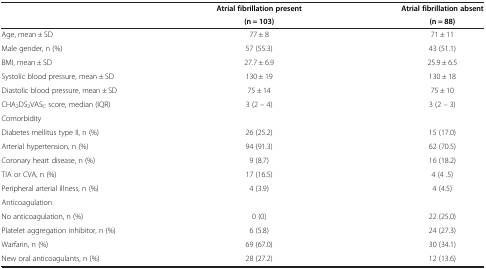
<table><thead><tr><td rowspan="2"><b> </b></td><td><b>Atrial fibrillation present</b></td><td><b>Atrial fibrillation absent</b></td></tr><tr><td><b>(n = 103)</b></td><td><b>(n = 88)</b></td></tr></thead><tbody><tr><td>Age, mean ± SD</td><td>77 ± 8</td><td>71 ± 11</td></tr><tr><td>Male gender, n (%)</td><td>57 (55.3)</td><td>43 (51.1)</td></tr><tr><td>BMI, mean ± SD</td><td>27.7 ± 6.9</td><td>25.9 ± 6.5</td></tr><tr><td>Systolic blood pressure, mean ± SD</td><td>130 ± 19</td><td>130 ± 18</td></tr><tr><td>Diastolic blood pressure, mean ± SD</td><td>75 ± 14</td><td>75 ± 10</td></tr><tr><td>CHA<sub>2</sub>DS<sub>2</sub>VAS<sub>C</sub> score, median (IQR)</td><td>3 (2 – 4)</td><td>3 (2 – 3)</td></tr><tr><td>Comorbidity</td><td> </td><td> </td></tr><tr><td>Diabetes mellitus type II, n (%)</td><td>26 (25.2)</td><td>15 (17.0)</td></tr><tr><td>Arterial hypertension, n (%)</td><td>94 (91.3)</td><td>62 (70.5)</td></tr><tr><td>Coronary heart disease, n (%)</td><td>9 (8.7)</td><td>16 (18.2)</td></tr><tr><td>TIA or CVA, n (%)</td><td>17 (16.5)</td><td>4 (4 .5)</td></tr><tr><td>Peripheral arterial illness, n (%)</td><td>4 (3.9)</td><td>4 (4.5)</td></tr><tr><td>Anticoagulation</td><td> </td><td> </td></tr><tr><td>No anticoagulation, n (%)</td><td>0 (0)</td><td>22 (25.0)</td></tr><tr><td>Platelet aggregation inhibitor, n (%)</td><td>6 (5.8)</td><td>24 (27.3)</td></tr><tr><td>Warfarin, n (%)</td><td>69 (67.0)</td><td>30 (34.1)</td></tr><tr><td>New oral anticoagulants, n (%)</td><td>28 (27.2)</td><td>12 (13.6)</td></tr></tbody></table>